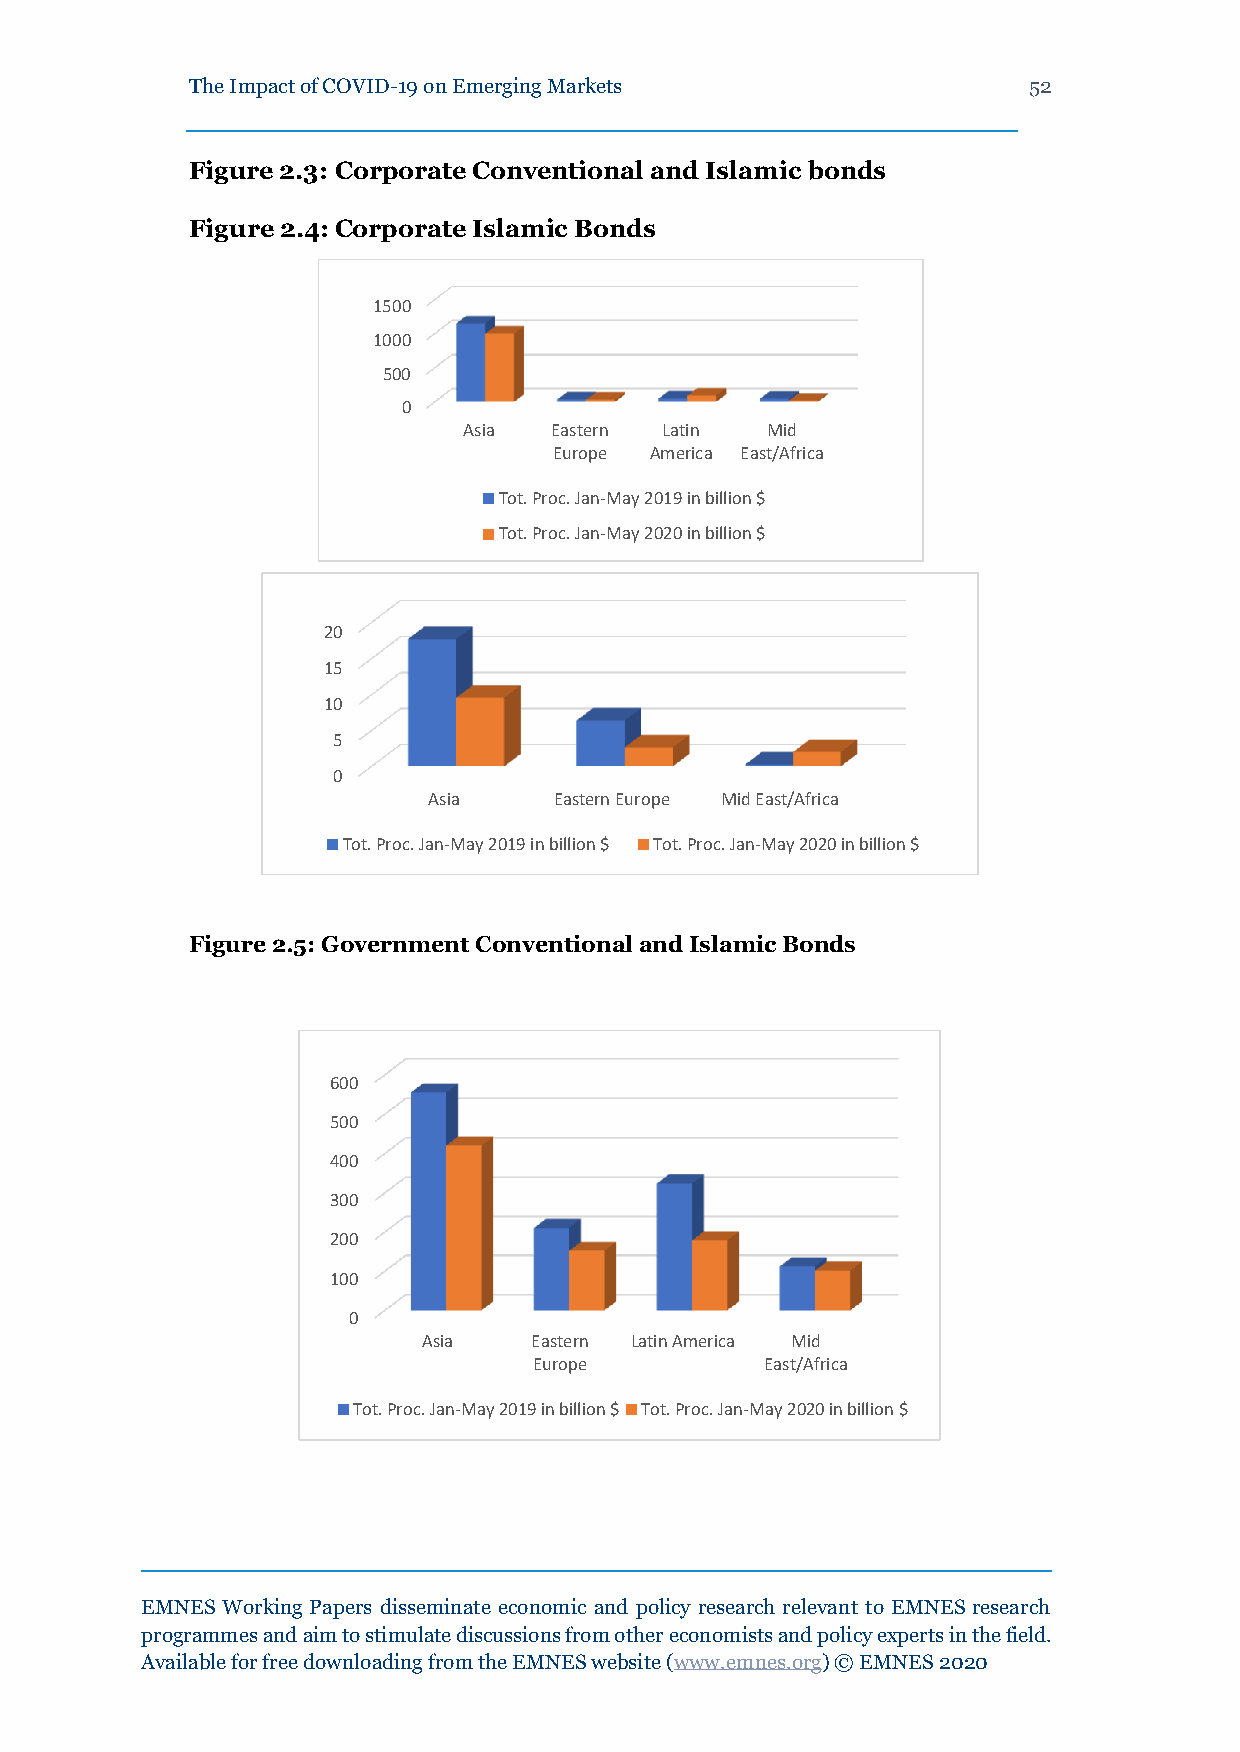
The Impact of COVID-19 on Emerging Markets             52
 Figure 2.3: Corporate Conventional and Islamic bonds
 Figure 2.4: Corporate Islamic Bonds
 1500
 1000
 500
 0
 Asia Eastern Latin  Mid
 Europe America East/Africa
 Tot. Proc. Jan-May 2019 in billion $
 Tot. Proc. Jan-May 2020 in billion $
 20
 15
 10
 5
 0
 Asia     Eastern Europe Mid East/Africa
 Tot. Proc. Jan-May 2019 in billion $ Tot. Proc. Jan-May 2020 in billion $
 Figure 2.5: Government Conventional and Islamic Bonds
 600
 500
 400
 300
 200
 100
 0
 Asia   Eastern Latin America Mid
 Europe          East/Africa
 Tot. Proc. Jan-May 2019 in billion $ Tot. Proc. Jan-May 2020 in billion $
 EMNES Working Papers disseminate economic and policy research relevant to EMNES research
 programmes and aim to stimulate discussions from other economists and policy experts in the field.
 Available for free downloading from the EMNES website (www.emnes.org) © EMNES 2020